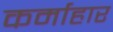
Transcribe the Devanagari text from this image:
कर्माहार